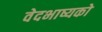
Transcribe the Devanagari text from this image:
वेदभाष्यको